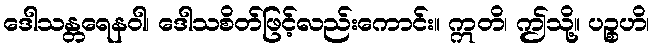
ဒေါသန္တရေနဝါ၊ ဒေါသစိတ်ဖြင့်လည်းကောင်း။ ဣတိ၊ ဤသို့။ ပဉ္စဟိ၊